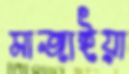
মাজাইয়া